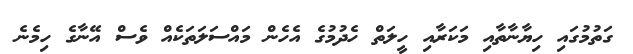
ގަތުމުގައި ހިޔާނާތާއި މަކަރާއި ހީލަތް ހެދުމުގެ އެހެން މައްސަލަތަކެއް ވެސް އޭނާގެ ހިމެނެ